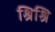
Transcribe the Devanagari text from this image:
श्रिश्रि